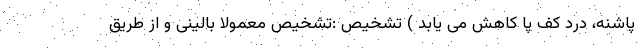
پاشنه، درد کف پا کاهش می یابد ) تشخیص :تشخیص معمولا بالینی و از طریق